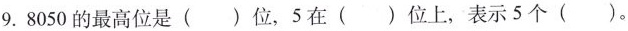
⒐. 8050的最高位是 ( ) 位，5在 ( ) 位上，表示5个 ( ) 。